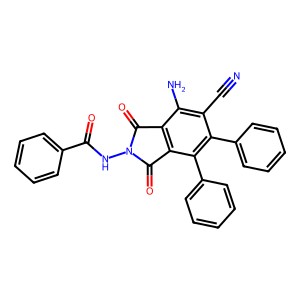
SMILES: N#Cc1c(N)c2c(c(-c3ccccc3)c1-c1ccccc1)C(=O)N(NC(=O)c1ccccc1)C2=O
Inhibits HIV replication: No